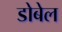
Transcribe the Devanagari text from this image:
डोबेल